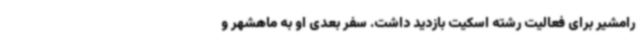
رامشیر برای فعالیت رشته اسکیت بازدید داشت. سفر بعدی او به ماهشهر و